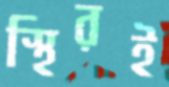
স্থিরই